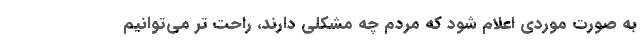
به صورت موردی اعلام شود که مردم چه مشکلی دارند، راحت تر می‌توانیم